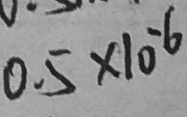
0 . 5 \times 1 0 ^ { - 6 }